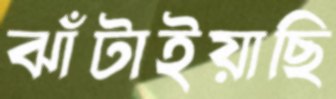
ঝাঁটাইয়াছি